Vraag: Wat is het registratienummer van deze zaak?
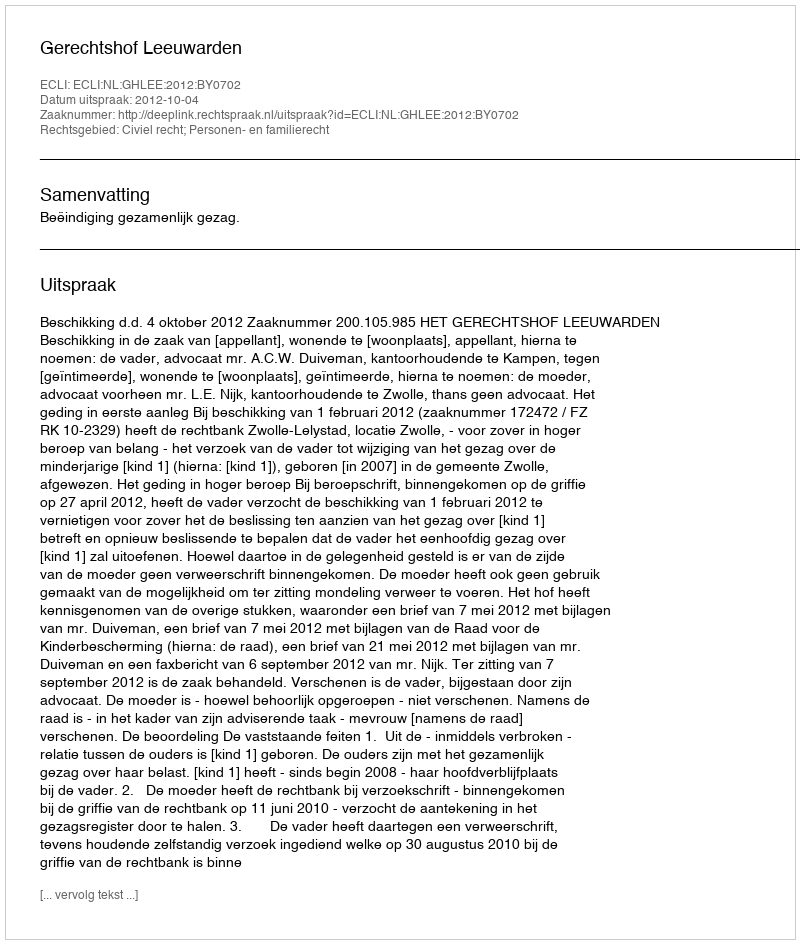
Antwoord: http://deeplink.rechtspraak.nl/uitspraak?id=ECLI:NL:GHLEE:2012:BY0702